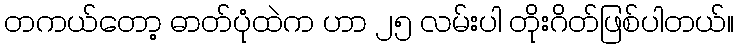
တကယ်တော့ ဓာတ်ပုံထဲက ဟာ ၂၅ လမ်းပါ တိုးဂိတ်ဖြစ်ပါတယ်။